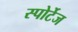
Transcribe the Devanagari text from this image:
स्पोर्टेज